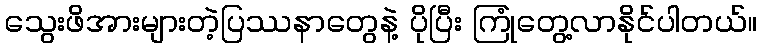
သွေးဖိအားများတဲ့ပြဿနာတွေနဲ့ ပိုပြီး ကြုံတွေ့လာနိုင်ပါတယ်။